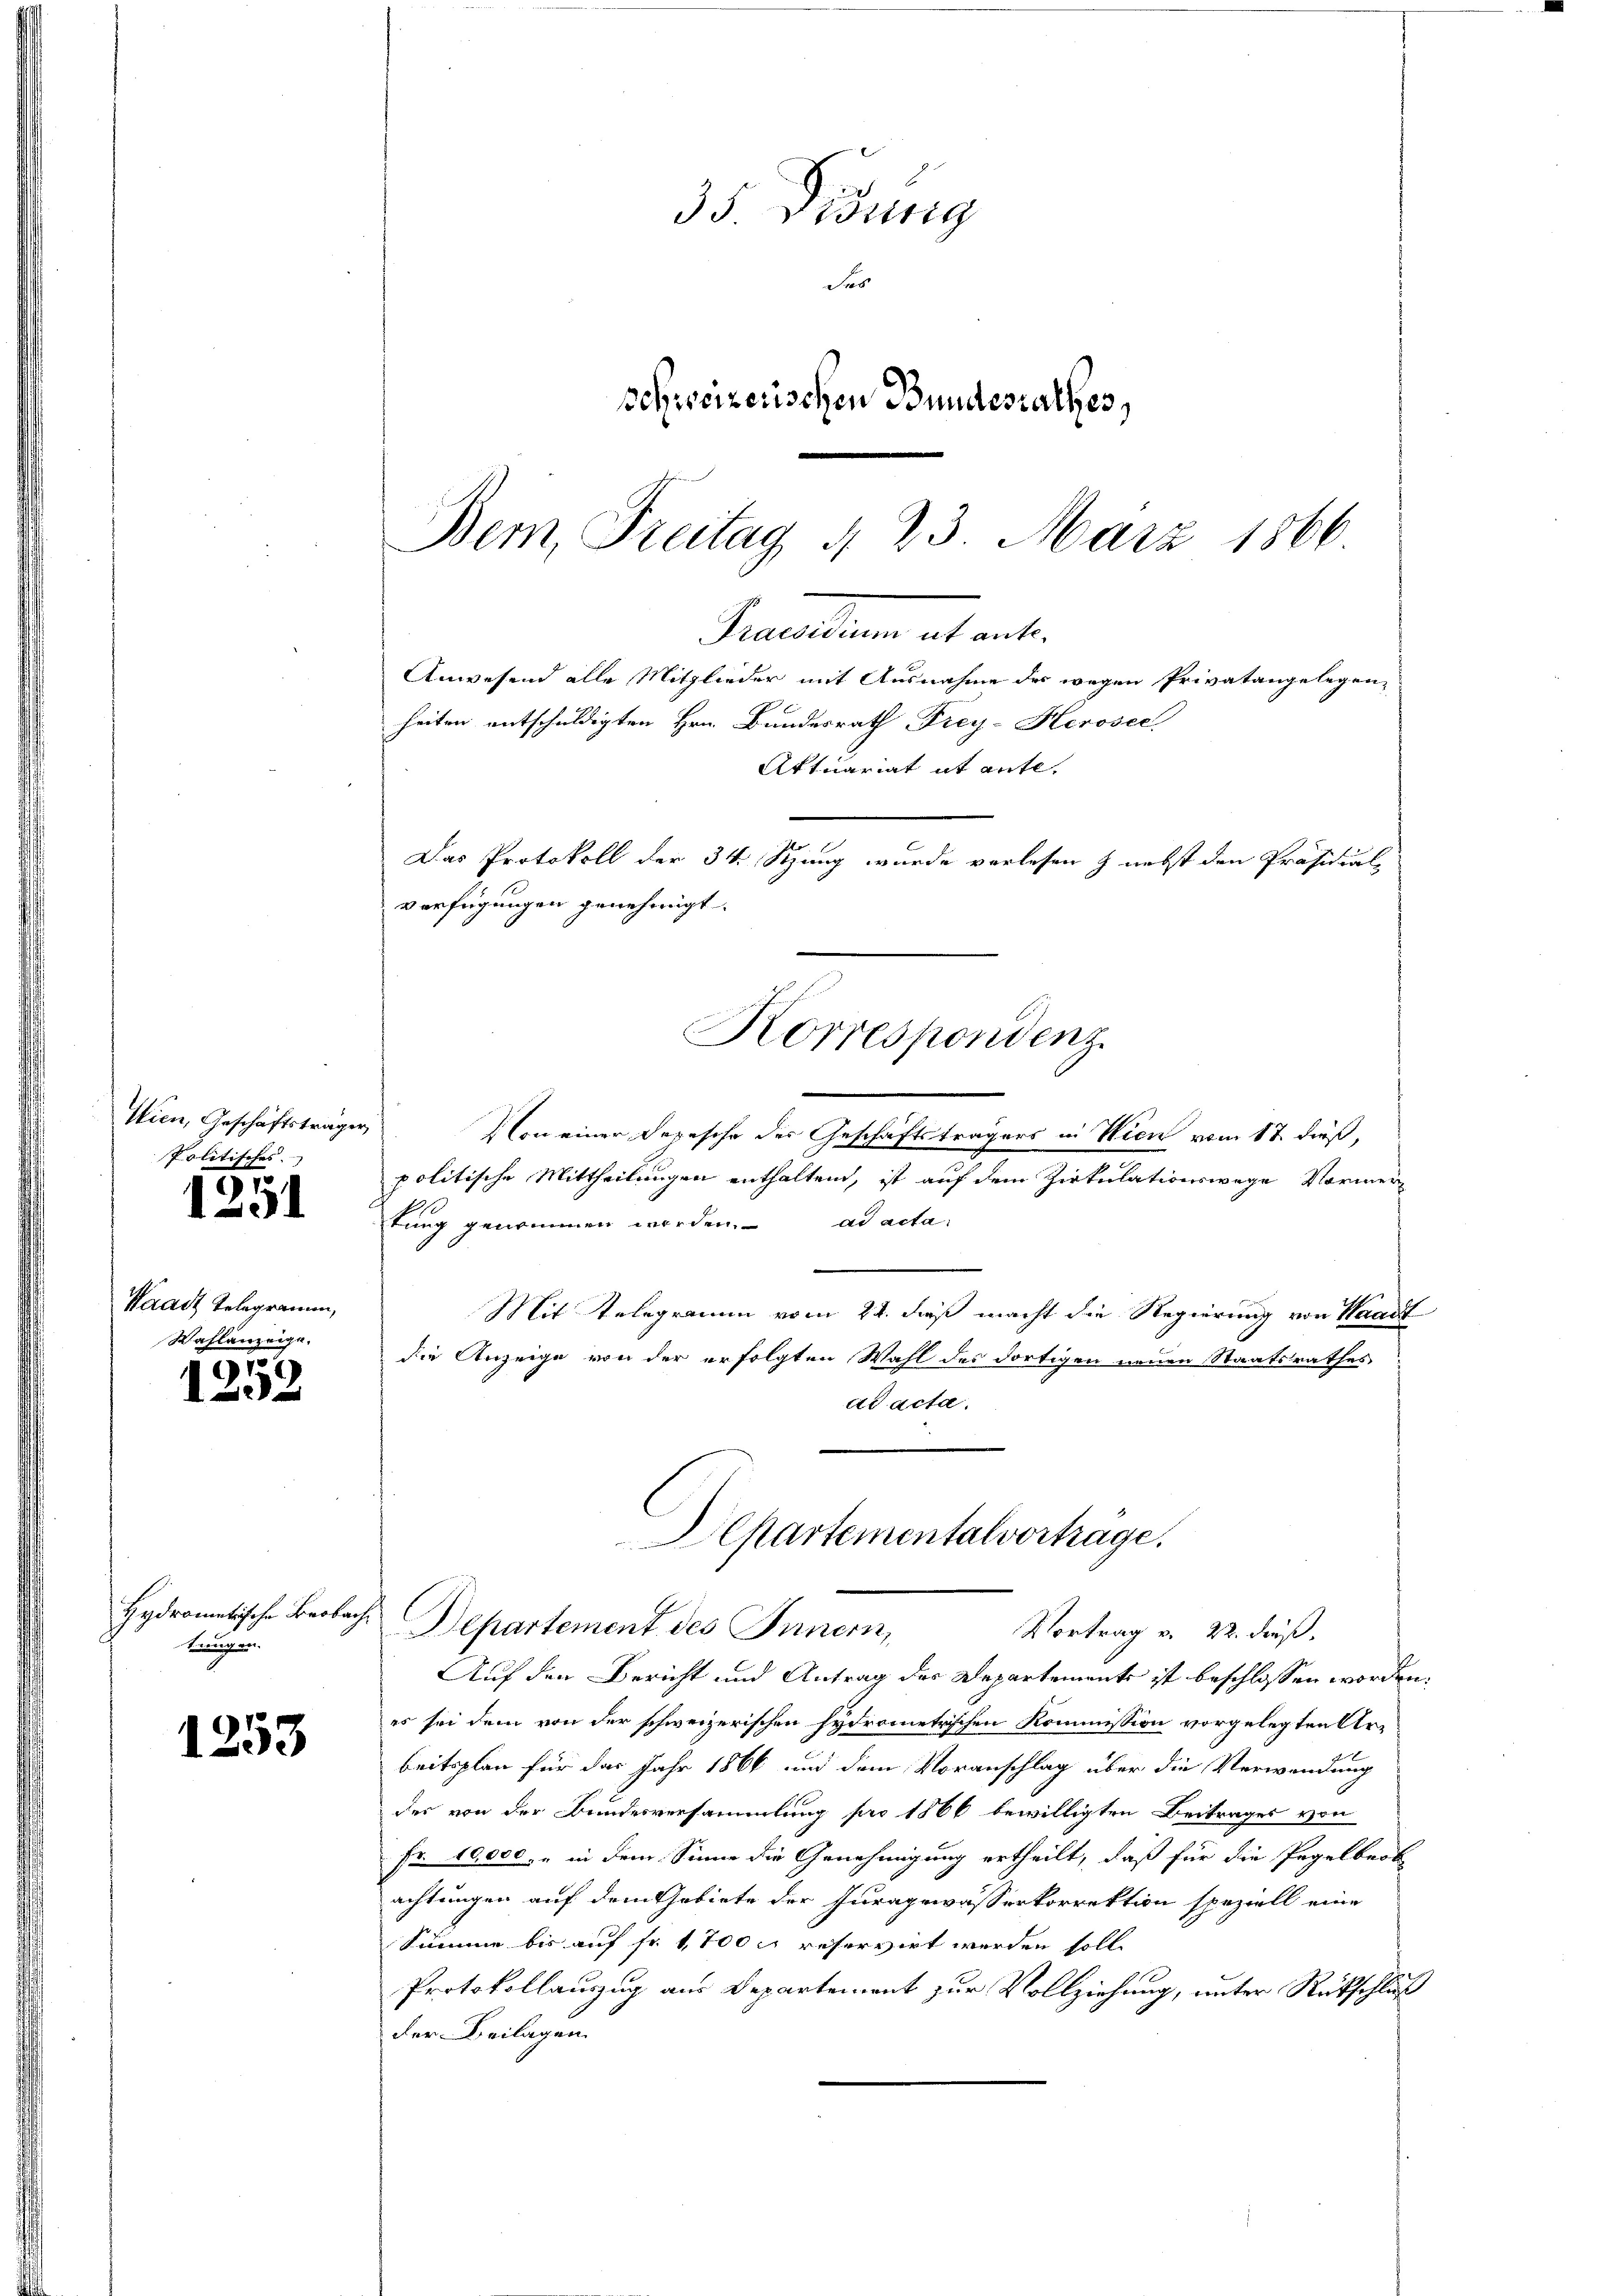
Wien, Geschäftsträger
Politisches.

.
131

Waadt Telegramm,
Wahlanzeige.

1252

Hydromatische Beobachtrugen.

1253

35 Didung
das
schweizerischen Bundesrathes,

Von einer Depesche des Geschäftsträgers in Wien vom 17. dieß,
politische Mittheilungen enthalten, ist auf dem Zirkulationswege Vormer
tung genommen werden. ad acta
Mit Telegramm vom 22. dieß macht die Regierung von Waadt
die Anzeige von der erfolgten Wahl des dortigen neuen Staatsrathes
ad acta.
Aepartementalvortrage.
Departement des Innern,
Vortrag v. 22. dieß.
Auf den Bericht und Antrag des Departements ist beschlossen worden.
es sei dem von der schweizerischen hydrometrischen Kommission vorgelegten Arbeitsplan für das Jahr 1866 und dem Voranschlag über die Verwendung
der von der Bundesversammlung pro 1866 bewilligten Beitrages von
Fr. 10,000. u in dem Sinne die Genehmigung ertheilt, daß für die Pagelbrot
achtungen auf dem Gebiete der Juragewässerkorrektion speziell eine
Summe bis auf fr. 1700 c. reservirt werden soll.
Protokollauszug aus Departement zur Vollziehung, unter Rückschluß
der Beilagen

Bem, Freitag § 23 März 1866
Praesidium ut ante.
Anwesend alle Mitglieder mit Ausnahme der wegen Privatangelegen-
heiten entschuldigten Hrn. Bundesrath Frey-Herosec
Aktuariat it ente,
Das Protokoll der 34. Stung wurde verlesen & nebst den Präsidial-
verfügungen genehmigt.
Korrespondenz.